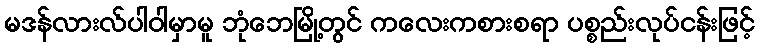
မဒန်လားလ်ပါဝါမှာမူ ဘုံဘေမြို့တွင် ကလေးကစားစရာ ပစ္စည်းလုပ်ငန်းဖြင့်